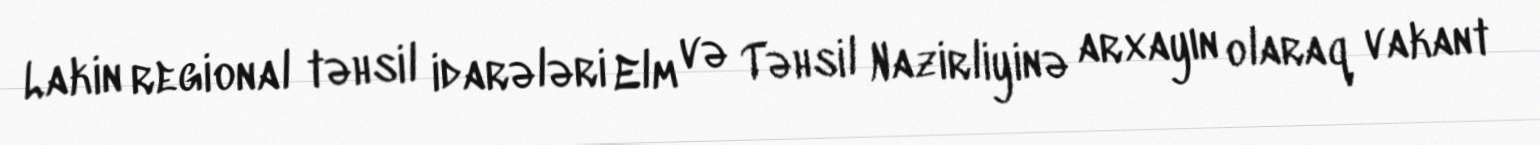
Lakin regional təhsil idarələri Elm və Təhsil Nazirliyinə arxayın olaraq vakant